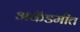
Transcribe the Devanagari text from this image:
अकॅडमीत